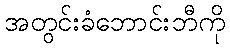
အတွင်းခံဘောင်းဘီကို